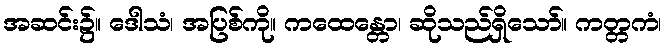
အဆင်း၌။ ဒေါသံ၊ အပြစ်ကို။ ကထေန္တော၊ ဆိုသည်ရှိသော်။ ကတ္တကံ၊